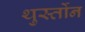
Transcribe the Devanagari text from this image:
थुर्स्तोन